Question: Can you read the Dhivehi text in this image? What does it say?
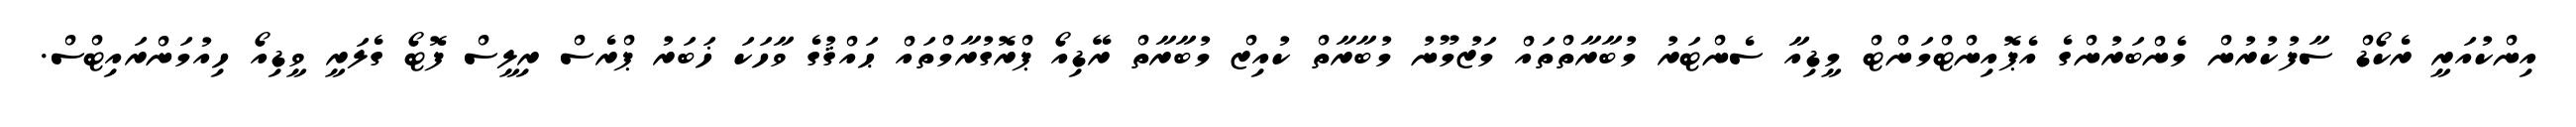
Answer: އިންކުއަރީ ރެކޯޑް ސާފުކުރުން މެންބަރުންގެ އެޕޮއިންޓްމަންޓް މީޑިއާ ސެންޓަރު މުބާރާތްތައް މަޒުމޫނު މުބާރާތް ކުއިޒް މުބާރާތް ރޭޑިއޯ ޕްރޮގުރާމްތައް ޙައްޤުގެ ވާހަކަ ޚަބަރު ޕްރެސް ރިލީސް ފޮޓޯ ގެލަރީ ވީޑިއޯ ހިއުމަންރައިޓްސް.